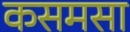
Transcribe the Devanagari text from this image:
कसमसा